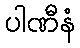
ပါဏီနံ